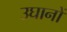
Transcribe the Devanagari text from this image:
उघानों